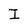
Character: I